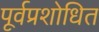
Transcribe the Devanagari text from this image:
पूर्वप्रशोधित